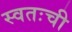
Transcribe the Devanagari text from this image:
स्वतःची